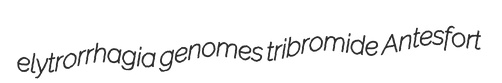
elytrorrhagia genomes tribromide Antesfort